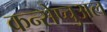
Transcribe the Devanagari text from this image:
कन्सेप्चुअल